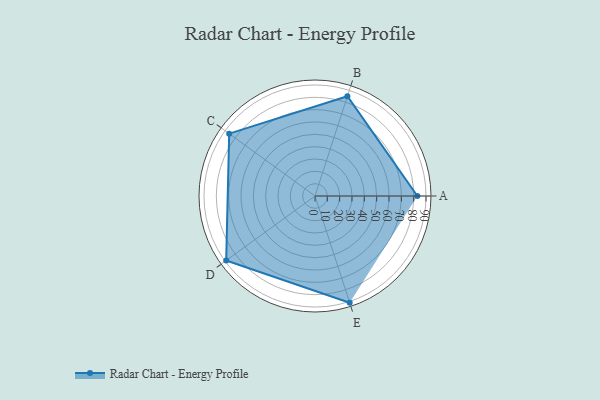
{"axis": {"x": "Skill", "y": "Score"}, "legend": ["Profile"], "data": [{"x": "A", "y": 83.0, "type": "Profile"}, {"x": "B", "y": 85.0, "type": "Profile"}, {"x": "C", "y": 86.0, "type": "Profile"}, {"x": "D", "y": 89.0, "type": "Profile"}, {"x": "E", "y": 91.0, "type": "Profile"}]}